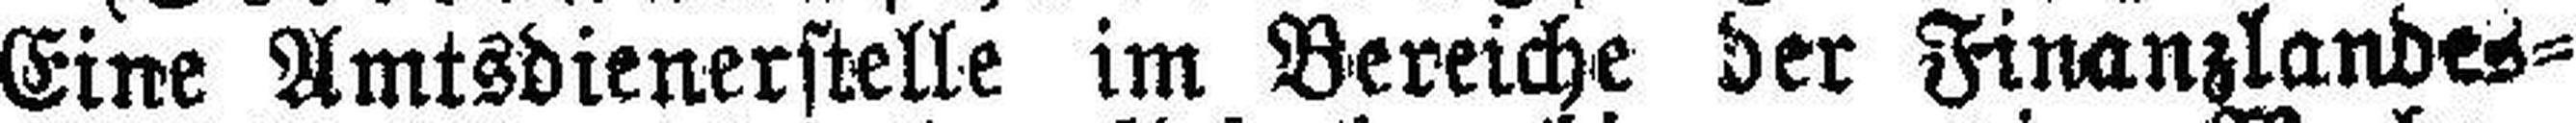
Eine Amtsdienerstelle im Bereiche der Finanzlandes¬